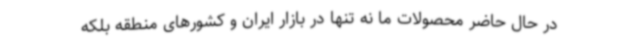
در حال حاضر محصولات ما نه تنها در بازار ایران و کشورهای منطقه بلکه